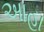
આહા